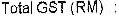
TOTAL GST (RM) :